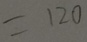
= 1 2 0